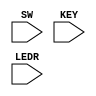
module shiftreg(SW, KEY, LEDR);
	input [9:0] SW;
	input [3:0] KEY;
	input [7:0] LEDR;
	Shifter s0(
	.LoadVal(SW[7:0]), 
	.Load_n(~KEY[1]), 
	.ShiftRight(~KEY[2]), 
	.ASR(~KEY[3]), 
	.clk(~KEY[0]), 
	.reset_n(SW[9]), 
	.Q(LEDR[7:0])
	);

endmodule

module Shifter(LoadVal, Load_n, ShiftRight, ASR, clk, reset_n, Q);
	input [7:0] LoadVal;
	input Load_n, ShiftRight, ASR, clk, reset_n;
	output [7:0] Q;
	wire w0;
	
	asrcircuit asr7(
		.asr(ASR),
		.first(LoadVal[7]),
		.m(w0)
	);
	
	ShifterBit SB7(LoadVal[7], w0, ShiftRight, Load_n, clk, reset_n, Q[7]);
	ShifterBit SB6(LoadVal[6], Q[7], ShiftRight, Load_n, clk, reset_n, Q[6]);
	ShifterBit SB5(LoadVal[5], Q[6], ShiftRight, Load_n, clk, reset_n, Q[5]);
	ShifterBit SB4(LoadVal[4], Q[5], ShiftRight, Load_n, clk, reset_n, Q[4]);
	ShifterBit SB3(LoadVal[3], Q[4], ShiftRight, Load_n, clk, reset_n, Q[3]);
	ShifterBit SB2(LoadVal[2], Q[3], ShiftRight, Load_n, clk, reset_n, Q[2]);
	ShifterBit SB1(LoadVal[1], Q[2], ShiftRight, Load_n, clk, reset_n, Q[1]);
	ShifterBit SB0(LoadVal[0], Q[1], ShiftRight, Load_n, clk, reset_n, Q[0]);

endmodule

module ShifterBit(load_val, in, shift, load_n, clk, reset_n, out);
	input load_val, in, shift, load_n, clk, reset_n;
	output out;
	wire data_to_dff;
	wire data_from_other_mux;
	
	mux2to1 M0(
	.x(out),
	.y(in),
	.s(shift),
	.m(data_from_other_mux)
	);
	
	mux2to1 M1(
	.x(load_val),
	.y(data_from_other_mux),
	.s(load_n),
	.m(data_to_dff)
	);
	
	flipflop F0(
	.d(data_to_dff),
	.q(out),
	.clock(clk),
	.reset_n(reset_n)
	);
endmodule

module mux2to1(x, y, s, m);
    input x; //selected when s is 0
    input y; //selected when s is 1
    input s; //select signal
    output m; //output
  
    assign m = s & y | ~s & x;
endmodule

module flipflop(d, q, clock, reset_n);
	input clock;
	input reset_n;
	input d;
	output q;
	reg q;

	always @(posedge clock)
	begin
		if (reset_n == 1'b0)
			q <= 1'b0;
		else
			q <= d;
	end
endmodule

module asrcircuit(asr, first, m);
	input asr, first;
	output reg m;
	always @(*)
	begin
		if (asr == 1'b1)
			m <= first;
		else
			m <= 1'b0;
	end
endmodule